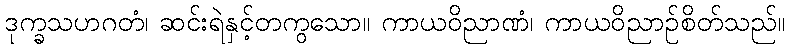
ဒုက္ခသဟဂတံ၊ ဆင်းရဲနှင့်တကွသော။ ကာယဝိညာဏံ၊ ကာယဝိညာဉ်စိတ်သည်။